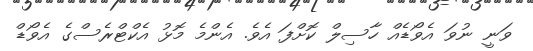
ވަނީ ނުވަ އެވޯޑެއް ހާސިލް ކޮށްފަ އެވެ. އެންމެ މޮޅު އެކްޓްރެސްގެ އެވޯޑް